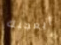
أيعجبك